Annual report on the Civil Veterinary Department, Burma (including the Insein Veterinary School) - 1910-1922
Year: 1910
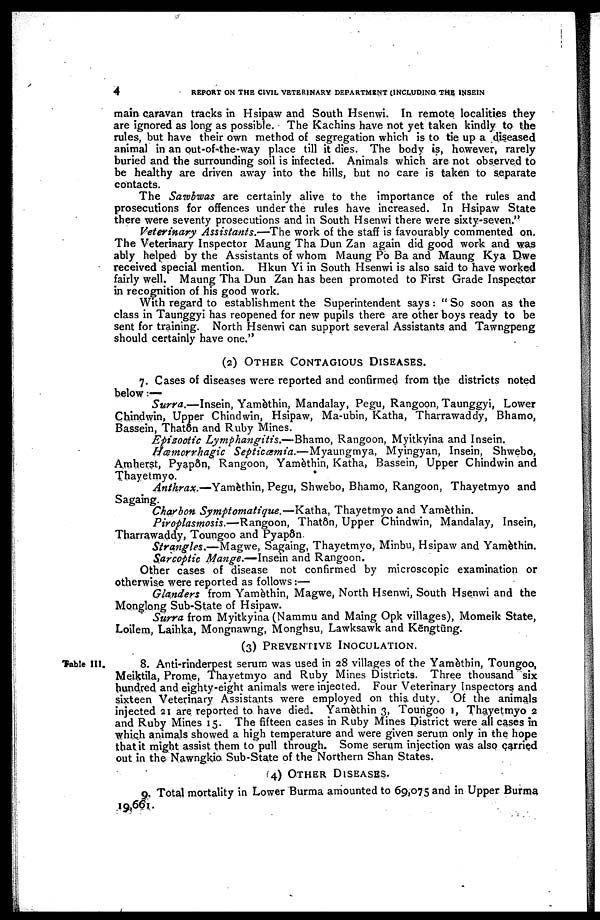
4
REPORT ON THE CIVIL VETERINARY DEPARTMENT (INCLUDING THE INSE1N
main caravan tracks in Hsipaw and South Hsenwi. In remote localities they
are ignored as long as possible. The Kachins have not yet taken kindly to the
rules, but have their own method of segregation which is to tie up a diseased
animal in an out-of-the-way place till it dies. The body is, however, rarely
buried and the surrounding soil is infected. Animals which are not observed to
be healthy are driven away into the hills, but no care is taken to separate
contacts.
The Sawbwas are certainly alive to the importance of the rules and
prosecutions for offences under the rules have increased. In Hsipaw State
there were seventy prosecutions and in South Hsenwi there were sixty-seven."
Veterinary Assistants.—The work of the staff is favourably commented on.
The Veterinary Inspector Maung Tha Dun Zan again did good work and was
ably helped by the Assistants of whom Maung Po Ba and Maung Kya Dwe
received special mention. Hkun Yi in South Hsenwi is also said to have worked
fairly well. Maung Tha Dun Zan has been promoted to First Grade Inspector
in recognition of his good work.
With regard to establishment the Superintendent says : " So soon as the
class in Taunggyi has reopened for new pupils there are other boys ready to be
sent for training. North Hsenwi can support several Assistants and Tawngpeng
should certainly have one."
(2) OTHER CONTAGIOUS DISEASES.
7. Cases of diseases were reported and confirmed from the districts noted
below :—
Surra.—Insein, Yamèthin, Mandalay, Pegu, Rangoon, Taunggyi, Lower
Chindwin, Upper Chindwin, Hsipaw, Ma-ubin, Katha, Tharrawaddy, Bhamo,
Bassein, Thatôn and Ruby Mines.
Epizootic Lymphangitis.—Bhamo, Rangoon, Myitkyina and Insein.
Hæmorrhagic Septicæmia.—Myaungmya, Myingyan, Insein, Shwebo,
Amherst, Pyapôn, Rangoon, Yamèthin, Katha, Bassein, Upper Chindwin and
Thayetmyo.
Anthrax.—Yamèthin, Pegu, Shwebo, Bhamo, Rangoon, Thayetmyo and
Sagaing.
Charbon Symptomatique.—Katha, Thayetmyo and Yamèthin.
Piroplasmosis.—Rangoon, Thatôn, Upper Chindwin, Mandalay, Insein,
Tharrawaddy, Toungoo and Pyapon
Strangles.—Magwe, Sagaing, Thayetmyo, Minbu, Hsipaw and Yamèthin.
Sarcoptic Mange.—Insein and Rangoon.
Other cases of disease not confirmed by microscopic examination or
otherwise were reported as follows :—
Glanders from Yamèthin, Magwe, North Hsenwi, South Hsenwi and the
Monglong Sub-State of Hsipaw.
Surra from Myitkyina (Nammu and Maing Opk villages), Momeik State,
Loilem, Laihka, Mongnawng, Monghsu, Lawksawk and Kēngtung.
(3) PREVENTIVE INOCULATION.
Table III
8. Anti-rinderpest serum was used in 28 villages of the Yamèthin, Toungoo,
Meiktila, Prome, Thayetmyo and Ruby Mines Districts. Three thousand six
hundred and eighty-eight animals were injected. Four Veterinary Inspectors and
sixteen Veterinary Assistants were employed on this duty. Of the animals
injected 21 are reported to have died. Yamèthin 3, Toungoo 1, Thayetmyo 2
and Ruby Mines 15. The fifteen cases in Ruby Mines District were all cases in
which animals showed a high temperature and were given serum only in the hope
that it might assist them to pull through. Some serum injection was also carried
out in the Nawngkio Sub-State of the Northern Shan States.
(4) OTHER DISEASES.
9. Total mortality in Lower Burma amounted to 69,075 and in Upper Burma
19,661.